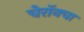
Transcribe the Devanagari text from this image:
चेरॉनचा